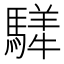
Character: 𩥍